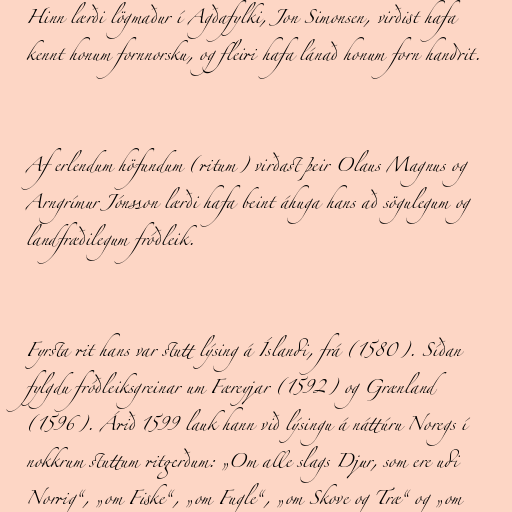
Hinn lærði lögmaður í Agðafylki, Jon Simonsen, virðist hafa
kennt honum fornnorsku, og fleiri hafa lánað honum forn handrit.

Af erlendum höfundum (ritum) virðast þeir Olaus Magnus og
Arngrímur Jónsson lærði hafa beint áhuga hans að sögulegum og
landfræðilegum fróðleik.

Fyrsta rit hans var stutt lýsing á Íslandi, frá (1580). Síðan
fylgdu fróðleiksgreinar um Færeyjar (1592) og Grænland
(1596). Árið 1599 lauk hann við lýsingu á náttúru Noregs í
nokkrum stuttum ritgerðum: „Om alle slags Djur, som ere udi
Norrig“, „om Fiske“, „om Fugle“, „om Skove og Træ“ og „om